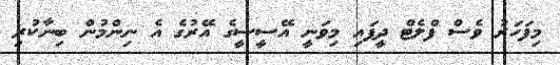
މިފަހަރު ވެސް ފްލެޓް ދީފައި މިވަނީ އޭސީސީގެ އޭރުގެ އެ ނިންމުން ބިނާކުރި